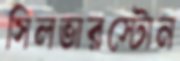
সিলভারস্টোন